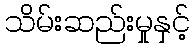
သိမ်းဆည်းမှုနှင့်